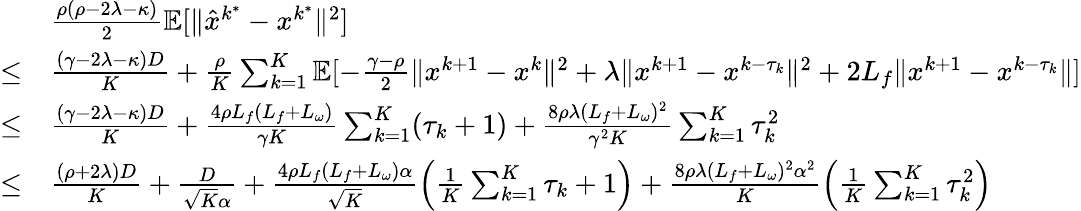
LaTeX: \begin{array}{rl}&{\frac{\rho(\rho-2\lambda-\kappa)}{2}\mathbb{E}[\| \hat{x}^{k^{\ast}}-x^{k^{\ast}}\| ^{2}]}\\ {\leq}&{\frac{(\gamma-2\lambda-\kappa)D}{K}+\frac{\rho}{K}\sum_{k=1}^{K}\mathbb{E}[-\frac{\gamma-\rho}{2}\| x^{k+1}-x^{k}\| ^{2}+\lambda\| x^{k+1}-x^{k-\tau_{k}}\| ^{2}+2L_{f}\| x^{k+1}-x^{k-\tau_{k}}\| ]}\\ {\leq}&{\frac{(\gamma-2\lambda-\kappa)D}{K}+\frac{4\rho L_{f}(L_{f}+L_{\omega})}{\gamma K}\sum_{k=1}^{K}(\tau_{k}+1)+\frac{8\rho\lambda(L_{f}+L_{\omega})^{2}}{\gamma^{2}K}\sum_{k=1}^{K}\tau_{k}^{2}}\\ {\leq}&{\frac{(\rho+2\lambda)D}{K}+\frac{D}{\sqrt{K}\alpha}+\frac{4\rho L_{f}(L_{f}+L_{\omega})\alpha}{\sqrt{K}}\Big(\frac{1}{K}\sum_{k=1}^{K}\tau_{k}+1\Big)+\frac{8\rho\lambda(L_{f}+L_{\omega})^{2}\alpha^{2}}{K}\Big(\frac{1}{K}\sum_{k=1}^{K}\tau_{k}^{2}\Big)}\end{array}